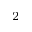
^ 2